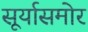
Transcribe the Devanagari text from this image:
सूर्यासमोर